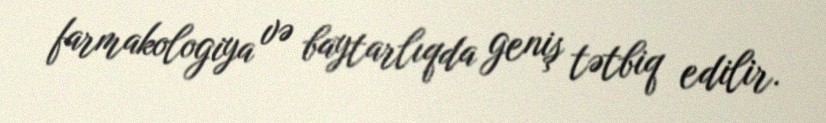
farmakologiya və baytarlıqda geniş tətbiq edilir.